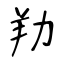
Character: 劷